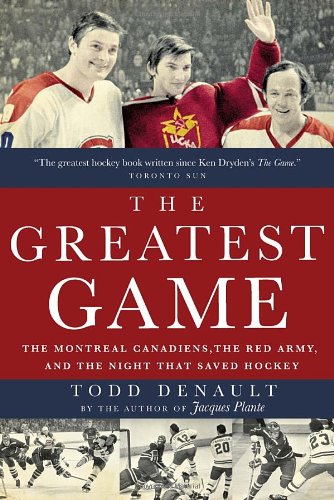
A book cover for The Greatest Game: The Montreal Canadiens, the Red Army, and the Night That Saved Hockey; Todd Denault; Sports & Outdoors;